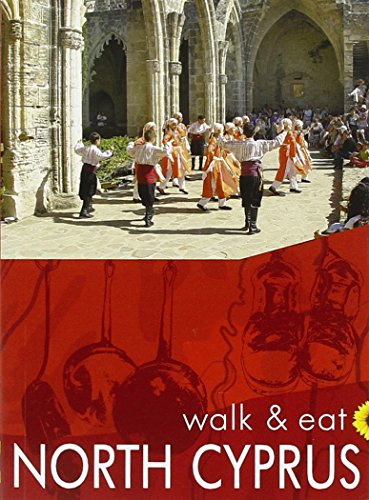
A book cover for Cyprus (North) Walk & Eat Series (Walk and Eat); Sunflower Books; Travel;